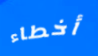
أخطاء